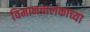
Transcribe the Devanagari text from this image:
विमानचालकाच्या